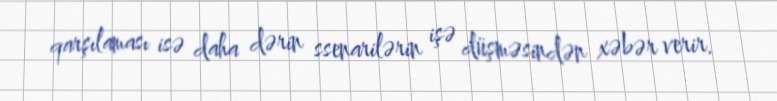
qarşılaması isə daha dərin ssenarilərin işə düşməsindən xəbər verir.